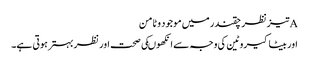
Aتیزنظر چقندر میں موجود وٹامن
اور بیٹاکیروٹین کی وجہ سے انکھوںکی صحت اور نظر بہترہوتی ہے۔